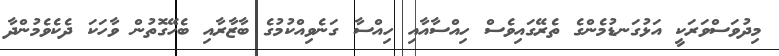
މިދުވަސްވަރަކީ އަޅުގަނޑުމެންގެ ތެރޭގައިވެސް ހިއްސާއާއި ހިއްސާ ގަނެވިއްކުމުގެ ބާޒާރާއި ބެހޭގޮތުން ވާހަކަ ދެކެވެމުންދާ